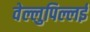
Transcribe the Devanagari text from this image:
वेल्लुपिल्लई